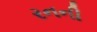
રનની